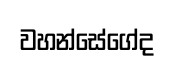
වහන්සේගේද